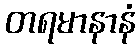
တရမာနာနံ